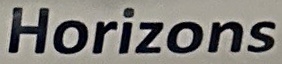
Horizons